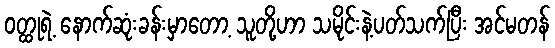
ဝတ္ထုရဲ့ နောက်ဆုံးခန်းမှာတော့ သူတို့ဟာ သမိုင်းနဲ့ပတ်သက်ပြီး အင်မတန်